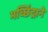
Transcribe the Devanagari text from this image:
मच्छिंद्राने